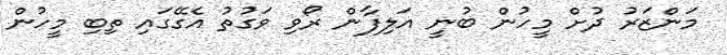
މަންޒަރު ދުށް މީހުން ބުނީ އަލިފާން ރޯވި ވަގުތު އެގޭގައި ތިބި މީހުން